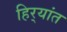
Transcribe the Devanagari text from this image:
हिर्‍यांत